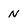
Character: N